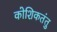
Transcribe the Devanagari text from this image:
कोशिकतंतु